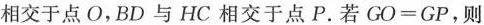
相交于点O，BD与HC相交于点P。若$$GO=GP$$，则